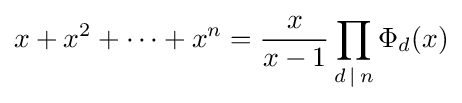
x+x^{2}+\cdots +x^{n}={\frac {x}{x-1}}\prod _{d\,\mid \,n}\Phi _{d}(x)